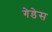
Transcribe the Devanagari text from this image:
गेडेस